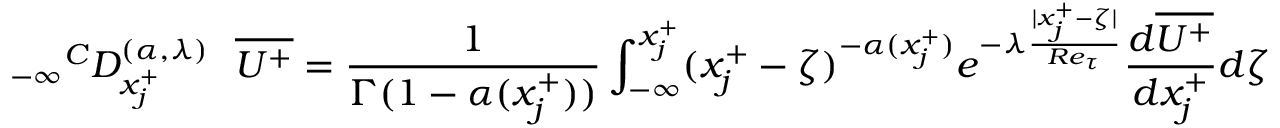
{ _ { - \infty } } ^ { C } D _ { x _ { j } ^ { + } } ^ { ( \alpha , { \lambda } ) } ~ ~ \overline { { U ^ { + } } } = \frac { 1 } { \Gamma ( 1 - \alpha ( x _ { j } ^ { + } ) ) } \int _ { - \infty } ^ { x _ { j } ^ { + } } ( x _ { j } ^ { + } - \zeta ) ^ { - \alpha ( x _ { j } ^ { + } ) } { e ^ { - \lambda \frac { | x _ { j } ^ { + } - \zeta | } { R e _ { \tau } } } } \frac { d \overline { { U ^ { + } } } } { d x _ { j } ^ { + } } d \zeta